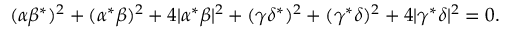
( \alpha \beta ^ { * } ) ^ { 2 } + ( \alpha ^ { * } \beta ) ^ { 2 } + 4 \lvert \alpha ^ { * } \beta \rvert ^ { 2 } + ( \gamma \delta ^ { * } ) ^ { 2 } + ( \gamma ^ { * } \delta ) ^ { 2 } + 4 \lvert \gamma ^ { * } \delta \rvert ^ { 2 } = 0 .